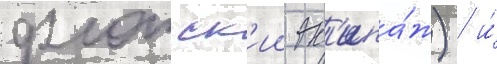
флотск'ии эк'ипа́ж) / и́